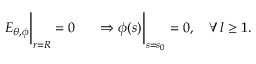
\left. \phantom { \frac { 1 } { \mu _ { 2 } } } E _ { \theta , \phi } \right| _ { r = R } = 0 \left. \phantom { \frac { 1 } { \mu _ { 2 } } } \Rightarrow \phi ( s ) \right| _ { s = s _ { 0 } } = 0 , \quad \forall \, l \geq 1 .